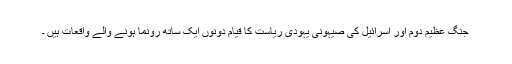
جنگ عظیم دوم اور اسرائیل کی صیہونی یہودی ریاست کا قیام دونوں ایک ساتھ رونما ہونے والے واقعات ہیں ۔